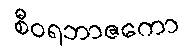
စီဝရဘာဇကော